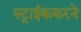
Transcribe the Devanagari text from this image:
स्ट्राईककरने